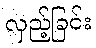
လှည့်ခြင်း